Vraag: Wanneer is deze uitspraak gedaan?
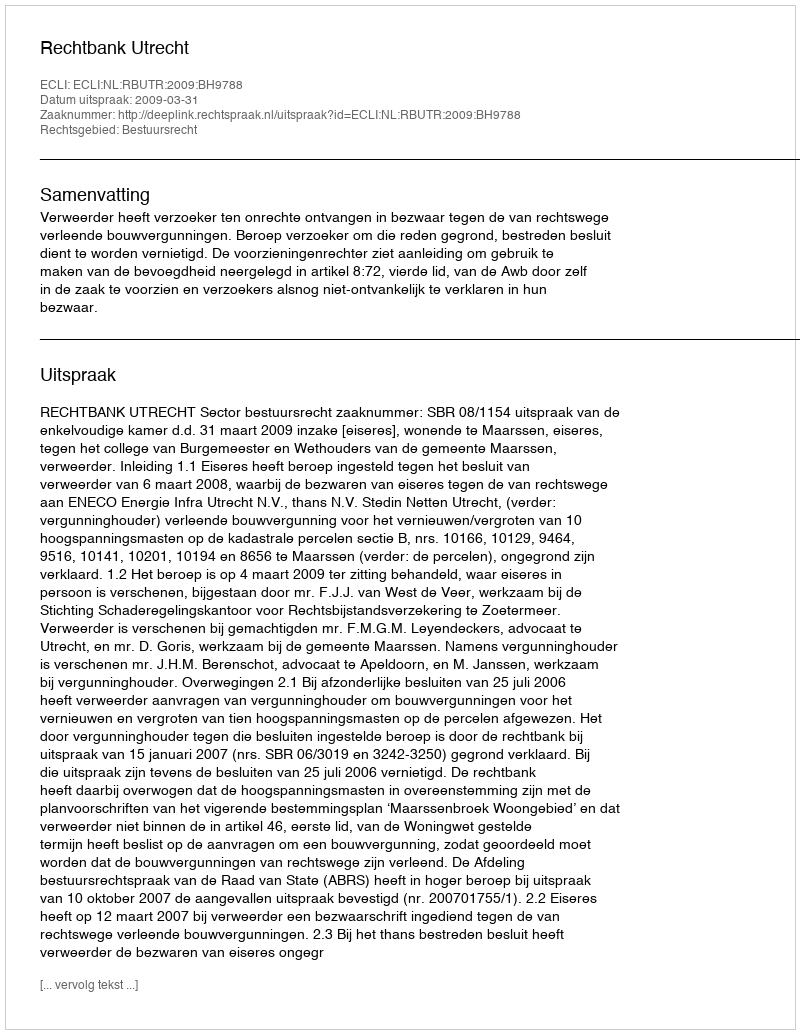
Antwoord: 2009-03-31